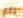
رغم